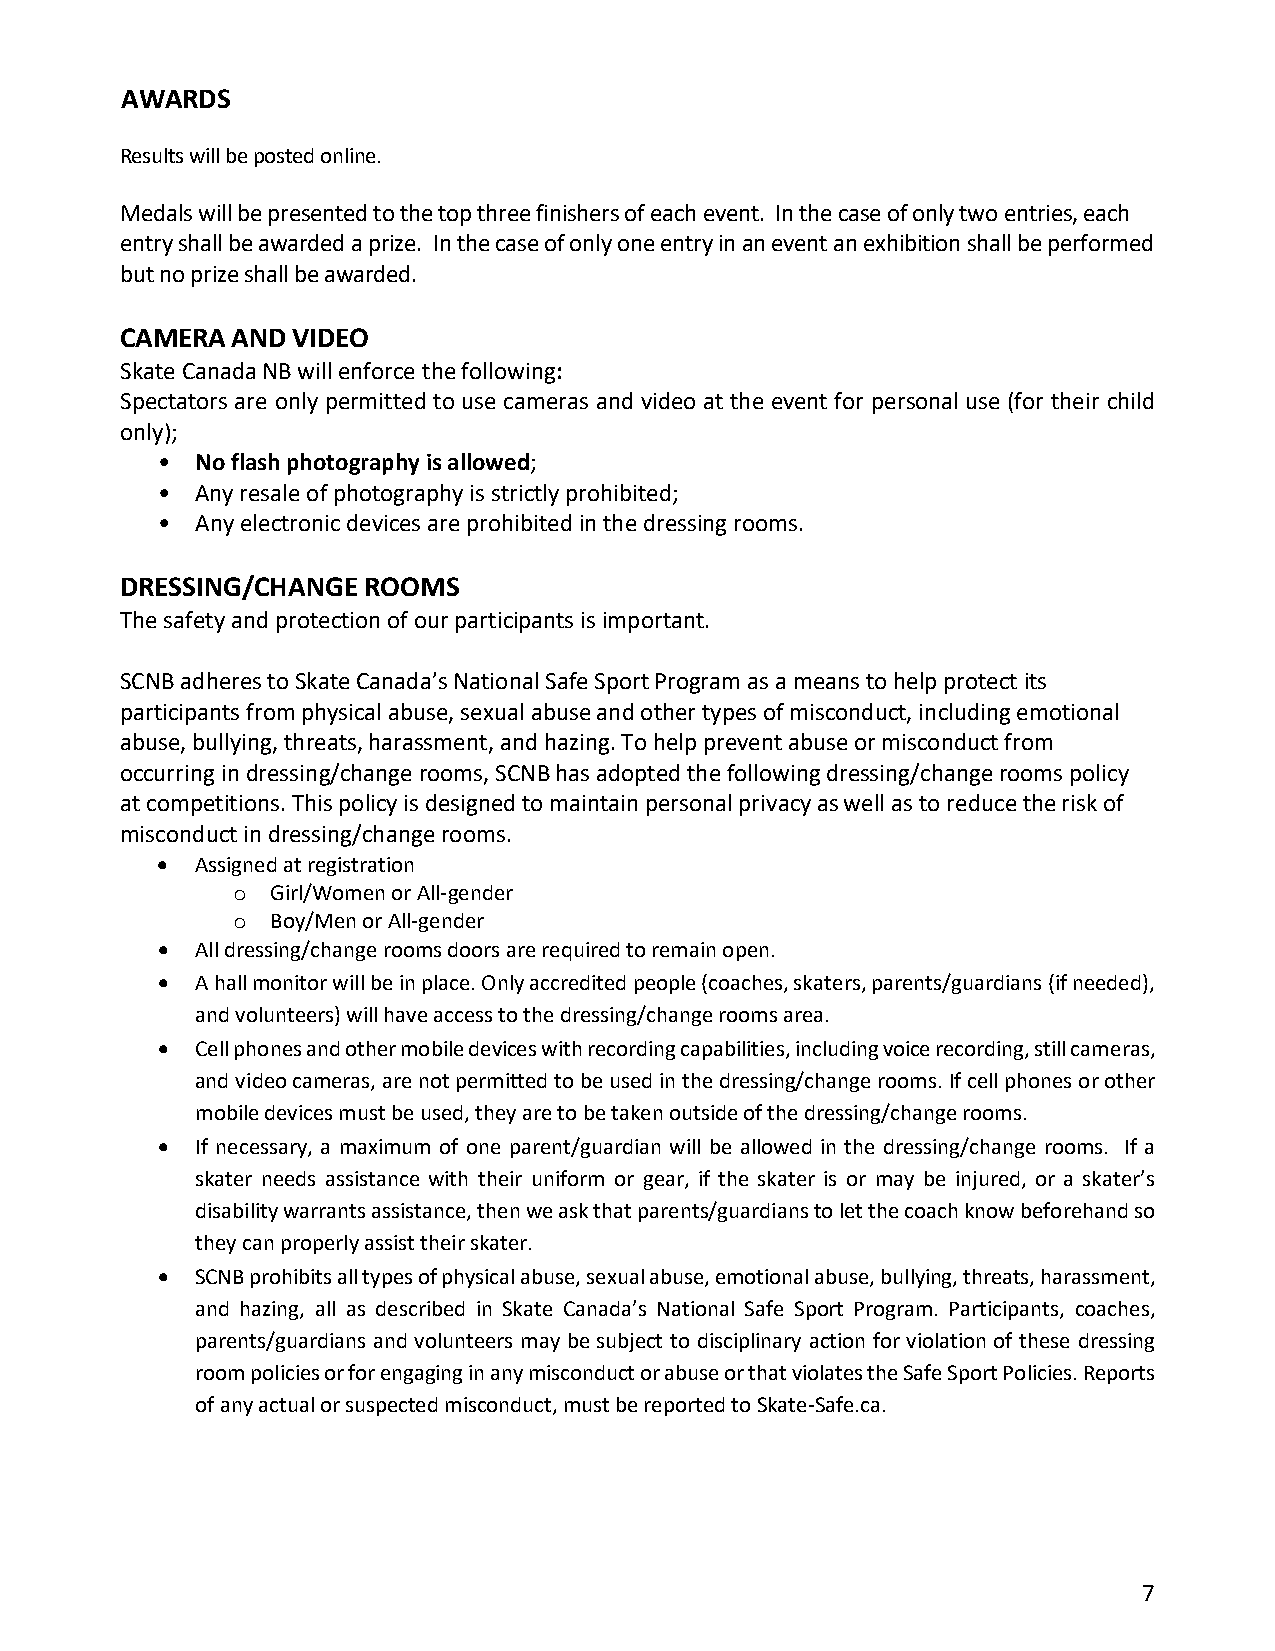
AWARDS
 Results will be posted online.
 Medals will be presented to the top three finishers of each event. In the case of only two entries, each
 entry shall be awarded a prize. In the case of only one entry in an event an exhibition shall be performed
 but no prize shall be awarded.
 CAMERA AND VIDEO
 Skate Canada NB will enforce the following:
 Spectators are only permitted to use cameras and video at the event for personal use (for their child
 only);
 •  No flash photography is allowed;
 •  Any resale of photography is strictly prohibited;
 •  Any electronic devices are prohibited in the dressing rooms.
 DRESSING/CHANGE ROOMS
 The safety and protection of our participants is important.
 SCNB adheres to Skate Canada’s National Safe Sport Program as a means to help protect its
 participants from physical abuse, sexual abuse and other types of misconduct, including emotional
 abuse, bullying, threats, harassment, and hazing. To help prevent abuse or misconduct from
 occurring in dressing/change rooms, SCNB has adopted the following dressing/change rooms policy
 at competitions. This policy is designed to maintain personal privacy as well as to reduce the risk of
 misconduct in dressing/change rooms.
 •  Assigned at registration
 Girl/Women or All-gender
 o
 Boy/Men or All-gender
 o
 •  All dressing/change rooms doors are required to remain open.
 •  A hall monitor will be in place. Only accredited people (coaches, skaters, parents/guardians (if needed),
 and volunteers) will have access to the dressing/change rooms area.
 •  Cell phones and other mobile devices with recording capabilities, including voice recording, still cameras,
 and video cameras, are not permitted to be used in the dressing/change rooms. If cell phones or other
 mobile devices must be used, they are to be taken outside of the dressing/change rooms.
 •  If necessary, a maximum of one parent/guardian will be allowed in the dressing/change rooms. If a
 skater needs assistance with their uniform or gear, if the skater is or may be injured, or a skater’s
 disability warrants assistance, then we ask that parents/guardians to let the coach know beforehand so
 they can properly assist their skater.
 •  SCNB prohibits all types of physical abuse, sexual abuse, emotional abuse, bullying, threats, harassment,
 and hazing, all as described in Skate Canada’s National Safe Sport Program. Participants, coaches,
 parents/guardians and volunteers may be subject to disciplinary action for violation of these dressing
 room policies or for engaging in any misconduct or abuse or that violates the Safe Sport Policies. Reports
 of any actual or suspected misconduct, must be reported to Skate-Safe.ca.
 7